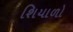
શિયાળો